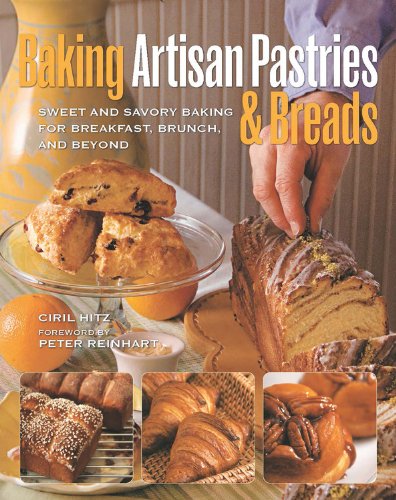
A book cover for Baking Artisan Pastries & Breads: Sweet and Savory Baking for Breakfast, Brunch, and Beyond; Ciril Hitz; Cookbooks, Food & Wine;